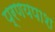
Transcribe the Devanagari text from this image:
प्रणयपाश